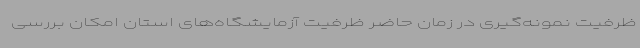
ظرفیت نمونه‌گیری در زمان حاضر ظرفیت آزمایشگاه‌های استان امکان بررسی